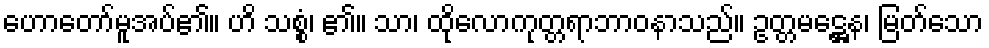
ဟောတော်မူအပ်၏။ ဟိ သစ္စံ၊ ၏။ သာ၊ ထိုလောကုတ္တရာဘာဝနာသည်။ ဥတ္တမဋ္ဌေန၊ မြတ်သော